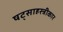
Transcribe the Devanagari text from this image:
षट्साहस्त्रीकार